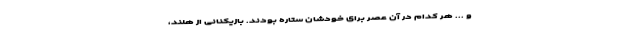
و ... هر کدام در آن عصر برای خودشان ستاره بودند. بازیکنانی از هلند،